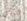
مثل